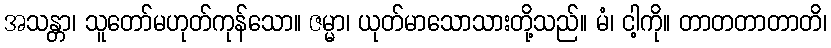
အသန္တာ၊ သူတော်မဟုတ်ကုန်သော။ ဇမ္မာ၊ ယုတ်မာသောသားတို့သည်။ မံ၊ ငါ့ကို။ တာတတာတာတိ၊